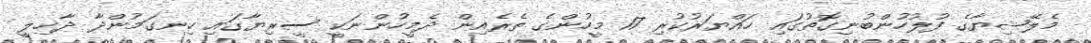
މެލޭޝިޔާގެ ފުލުހުންބުނިގޮތުގައި ހައްޔަރުކުރި 17 މީހުންގެ ތެރެއިން ދެމީހުންނަކީ ސީރިޔާގައި ހިނގަމުންދާ ދާޚިލީ